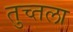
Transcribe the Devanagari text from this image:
तुच्तला